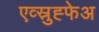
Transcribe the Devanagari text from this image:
एव्स्रुह्फेअ